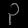
Digit: ၃